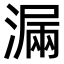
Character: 𣼣